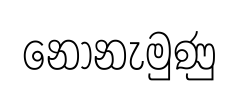
නොනැමුණු